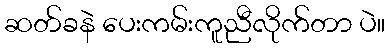
ဆတ်ခနဲ ပေးကမ်းကူညီလိုက်တာ ပဲ။